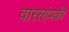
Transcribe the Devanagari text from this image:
वारसांपकी